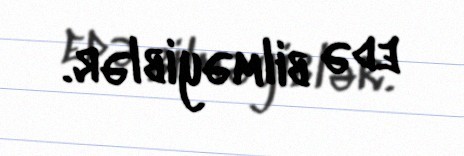
edə bilməyiblər.